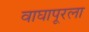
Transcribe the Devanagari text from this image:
वाघापूरला